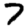
Digit: 7